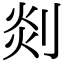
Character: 剡